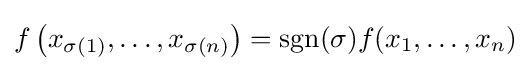
f\left(x_{\sigma (1)},\dots ,x_{\sigma (n)}\right)=\mathrm {sgn} (\sigma )f(x_{1},\dots ,x_{n})